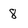
Character: 8